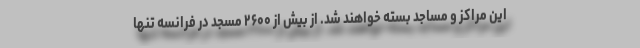
این مراکز و مساجد بسته خواهند شد. از بیش از ۲۶۰۰ مسجد در فرانسه تنها